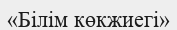
«Білім көкжиегі»